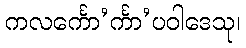
ကလင်္ကော’င်္ကာ’ပဝါဒေသု၊